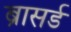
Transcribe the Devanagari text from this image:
ब्रासर्ड